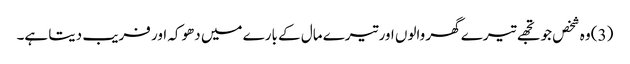
(3) وہ شخص جو تجھے تیرے گھر والوں اور تیرے مال کے بارے میں دھوکہ اور فریب دیتا ہے۔